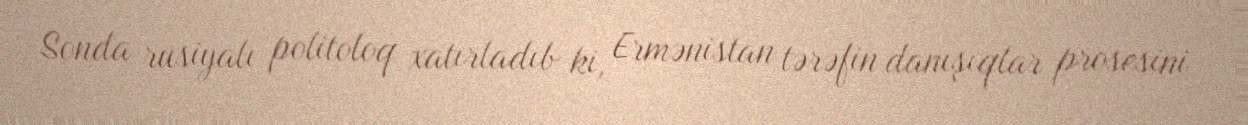
Sonda rusiyalı politoloq xatırladıb ki, Ermənistan tərəfin danışıqlar prosesini